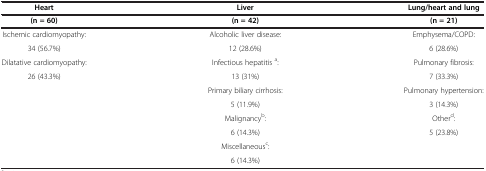
<table><thead><tr><td><b>Heart</b></td><td><b>Liver</b></td><td><b>Lung/heart and lung</b></td></tr><tr><td><b>(n = 60)</b></td><td><b>(n = 42)</b></td><td><b>(n = 21)</b></td></tr></thead><tbody><tr><td>Ischemic cardiomyopathy:</td><td>Alcoholic liver disease:</td><td>Emphysema/COPD:</td></tr><tr><td>34 (56.7%)</td><td>12 (28.6%)</td><td>6 (28.6%)</td></tr><tr><td>Dilatative cardiomyopathy:</td><td>Infectious hepatitis <sup>a</sup>:</td><td>Pulmonary fibrosis:</td></tr><tr><td>26 (43.3%)</td><td>13 (31%)</td><td>7 (33.3%)</td></tr><tr><td rowspan="6"> </td><td>Primary biliary cirrhosis:</td><td>Pulmonary hypertension:</td></tr><tr><td>5 (11.9%)</td><td>3 (14.3%)</td></tr><tr><td>Malignancy<sup>b</sup>:</td><td>Other<sup>d</sup>:</td></tr><tr><td>6 (14.3%)</td><td>5 (23.8%)</td></tr><tr><td>Miscellaneous<sup>c</sup>:</td><td rowspan="2"> </td></tr><tr><td>6 (14.3%)</td></tr></tbody></table>